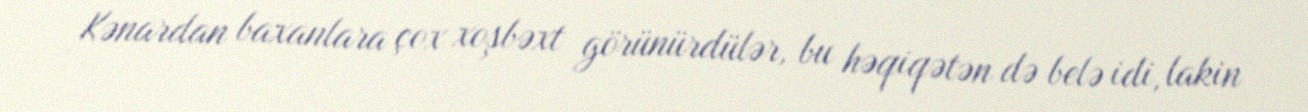
Kənardan baxanlara çox xoşbəxt görünürdülər, bu həqiqətən də belə idi, lakin